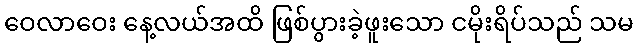
ဝေလာဝေး နေ့လယ်အထိ ဖြစ်ပွားခဲ့ဖူးသော ငမိုးရိပ်သည် သမ